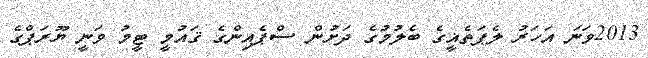
2013ވަނަ އަހަރު ލެޕަތެޣީގެ ބެލުމުގެ ދަށުން ސްޕެއިންގެ ޤައުމީ ޓީމު ވަނީ ޔޫރަޕްގެ